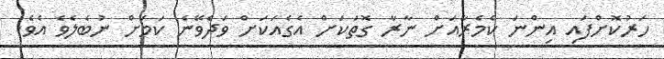
ހަރުކޮށްފައި އިންނަ ކެމެރާއަށް ނާރާ ގޮތަކަށް އެގެއަކަށް ވަދެވޭނެ ކަމަށް ނުބެލެވެ އެވެ.